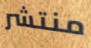
منتشر